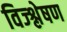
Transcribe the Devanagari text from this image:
विज्श्लेषण